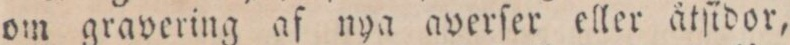
om gravering af nya averſer eller ätſidor,